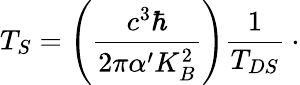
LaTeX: T_{S}=\left(\frac{c^{3}\hbar}{2\pi\alpha^{\prime}K_{B}^{2}}\right)\frac{1}{T_{DS}}\: \cdot